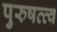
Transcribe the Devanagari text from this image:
पुरुषत्त्व